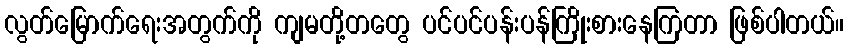
လွတ်မြောက်ရေးအတွက်ကို ကျမတို့တတွေ ပင်ပင်ပန်းပန်ကြိုးစားနေကြတာ ဖြစ်ပါတယ်။